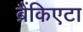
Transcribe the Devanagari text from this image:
ब्रैंकिएटा